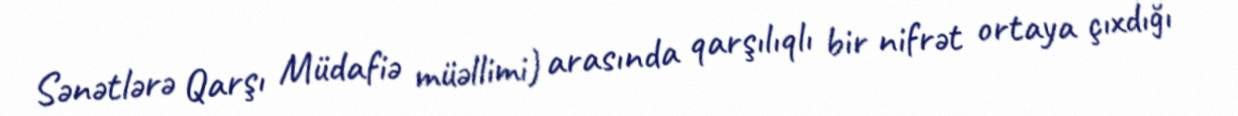
Sənətlərə Qarşı Müdafiə müəllimi) arasında qarşılıqlı bir nifrət ortaya çıxdığı